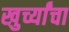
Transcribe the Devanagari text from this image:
खुर्च्यांचा